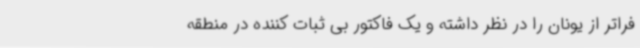
فراتر از یونان را در نظر داشته و یک فاکتور بی ثبات کننده در منطقه